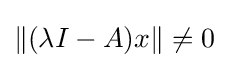
\|(\lambda I-A)x\|\neq 0